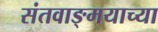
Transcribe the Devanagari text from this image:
संतवाङ्मयाच्या